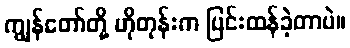
ကျွန်တော်တို့ ဟိုတုန်းက ပြင်းထန်ခဲ့တာပဲ။